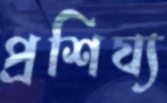
প্রশিয্য